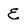
Character: e